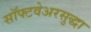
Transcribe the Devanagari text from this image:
सॉफ्टवेअरसुद्धा